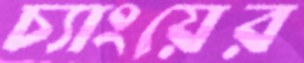
চ্যাংয়ের